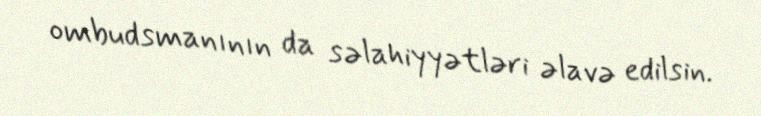
ombudsmanının da səlahiyyətləri əlavə edilsin.